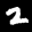
Label: 2